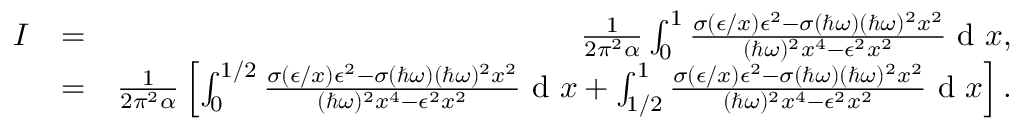
\begin{array} { r l r } { I } & { = } & { \frac { 1 } { 2 \pi ^ { 2 } \alpha } \int _ { 0 } ^ { 1 } \frac { \sigma ( \epsilon / x ) \epsilon ^ { 2 } - \sigma ( \hbar \omega ) ( \hbar \omega ) ^ { 2 } x ^ { 2 } } { ( \hbar \omega ) ^ { 2 } x ^ { 4 } - \epsilon ^ { 2 } x ^ { 2 } } \textrm { d } x , } \\ & { = } & { \frac { 1 } { 2 \pi ^ { 2 } \alpha } \left[ \int _ { 0 } ^ { 1 / 2 } \frac { \sigma ( \epsilon / x ) \epsilon ^ { 2 } - \sigma ( \hbar \omega ) ( \hbar \omega ) ^ { 2 } x ^ { 2 } } { ( \hbar \omega ) ^ { 2 } x ^ { 4 } - \epsilon ^ { 2 } x ^ { 2 } } \textrm { d } x + \int _ { 1 / 2 } ^ { 1 } \frac { \sigma ( \epsilon / x ) \epsilon ^ { 2 } - \sigma ( \hbar \omega ) ( \hbar \omega ) ^ { 2 } x ^ { 2 } } { ( \hbar \omega ) ^ { 2 } x ^ { 4 } - \epsilon ^ { 2 } x ^ { 2 } } \textrm { d } x \right] . } \end{array}